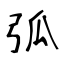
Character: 弧